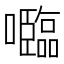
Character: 𡄦